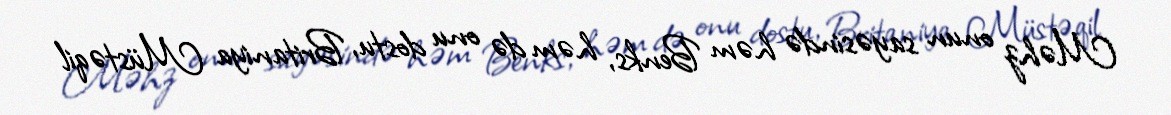
Məhz onun sayəsində həm Benks, həm də onu dostu, Britaniya Müstəqil